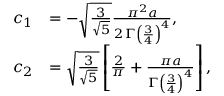
\begin{array} { r l } { c _ { 1 } } & { = - \sqrt { \frac { 3 } { \sqrt { 5 } } } \frac { \pi ^ { 2 } a } { 2 \, \Gamma \left( \frac { 3 } { 4 } \right) ^ { 4 } } , } \\ { c _ { 2 } } & { = \sqrt { \frac { 3 } { \sqrt { 5 } } } \left[ \frac { 2 } { \pi } + \frac { \pi a } { \Gamma \left( \frac { 3 } { 4 } \right) ^ { 4 } } \right] , } \end{array}